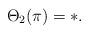
LaTeX: \begin{align*}\Theta_2 (\pi) = *.\end{align*}